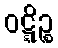
ဝဋ္ဋိဉ္စ